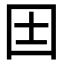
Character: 𡆮